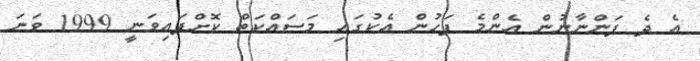
އެ ދެ ފަންނާނުން އެންމެ ފަހުން އެކުގައި މަސައްކަތް ކޮށްފައިވަނީ 1999 ވަނަ